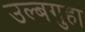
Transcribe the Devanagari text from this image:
उल्बगुहा